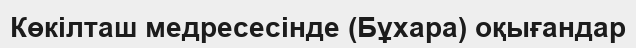
Көкілташ медресесінде (Бұхара) оқығандар